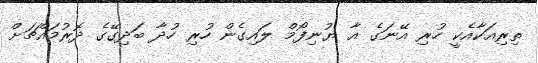
ތިރިއަކާއެކީ ހުރި އޭނަގެ އާ ޔުނިފޯމް ލައިގެން ހުރި ހުދާ ބަދިގޭގެ ދޮރުމައްޗަށް